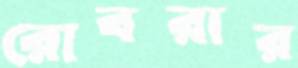
রোবরার